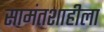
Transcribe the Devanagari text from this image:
सामंतशाहीला